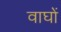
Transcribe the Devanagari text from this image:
वाघों